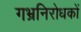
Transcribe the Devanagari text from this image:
गभ्रनिरोधकों